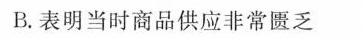
B.表明当时商品供应非常匮乏